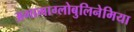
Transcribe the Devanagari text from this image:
अगामाग्लोबुलिनेमिया